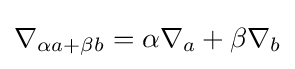
\nabla _{\alpha a+\beta b}=\alpha \nabla _{a}+\beta \nabla _{b}